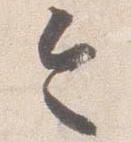
令